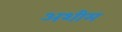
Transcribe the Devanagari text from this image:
अशीम